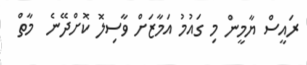
ރައީސް ޔާމީން މި ގައުމު އަމާޒަށް ވާސިލޮ ކޮށްދޭނެ  މާތް